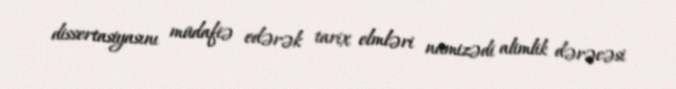
dissertasiyasını müdafiə edərək tarix elmləri namizədi alimlik dərəcəsi